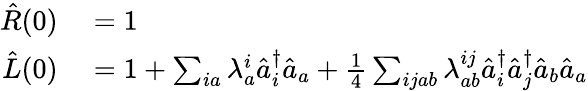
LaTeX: \begin{array}{rl}{\hat{R}(0)}&{{}=1}\\ {\hat{L}(0)}&{{}=1+\sum_{ia}\lambda_{a}^{i}\hat{a}_{i}^{\dagger}\hat{a}_{a}+\frac{1}{4}\sum_{ijab}\lambda_{ab}^{ij}\hat{a}_{i}^{\dagger}\hat{a}_{j}^{\dagger}\hat{a}_{b}\hat{a}_{a}}\end{array}